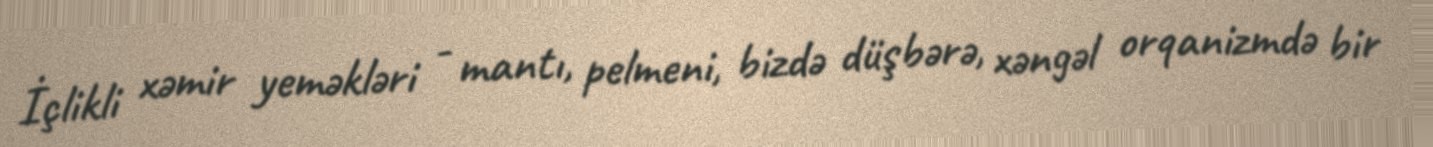
İçlikli xəmir yeməkləri - mantı, pelmeni, bizdə düşbərə, xəngəl orqanizmdə bir